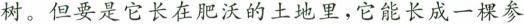
树。但要是它长在肥沃的土地里，它能长成一棵参